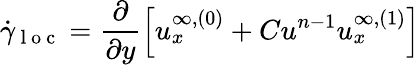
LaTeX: \dot{\gamma}_{\mathrm{~l~o~c~}}=\frac{\partial}{\partial y}\left[u_{x}^{\infty,(0)}+Cu^{n-1}u_{x}^{\infty,(1)}\right]